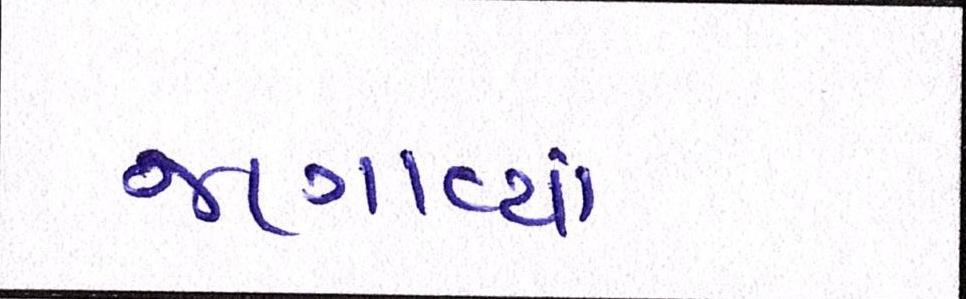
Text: જણાવ્યાં